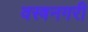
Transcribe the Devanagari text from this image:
वस्त्रनगरी